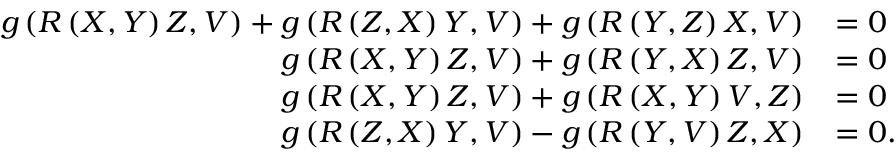
\begin{array} { r l } { g \left( R \left( X , Y \right) Z , V \right) + g \left( R \left( Z , X \right) Y , V \right) + g \left( R \left( Y , Z \right) X , V \right) } & { = 0 } \\ { g \left( R \left( X , Y \right) Z , V \right) + g \left( R \left( Y , X \right) Z , V \right) } & { = 0 } \\ { g \left( R \left( X , Y \right) Z , V \right) + g \left( R \left( X , Y \right) V , Z \right) } & { = 0 } \\ { g \left( R \left( Z , X \right) Y , V \right) - g \left( R \left( Y , V \right) Z , X \right) } & { = 0 . } \end{array}